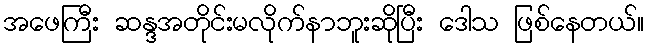
အဖေကြီး ဆန္ဒအတိုင်းမလိုက်နာဘူးဆိုပြီး ဒေါသ ဖြစ်နေတယ်။